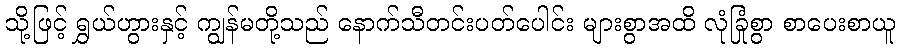
သို့ဖြင့် ရွှယ်ဟွားနှင့် ကျွန်မတို့သည် နောက်သီတင်းပတ်ပေါင်း များစွာအထိ လုံခြုံစွာ စာပေးစာယူ